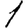
Digit: 1